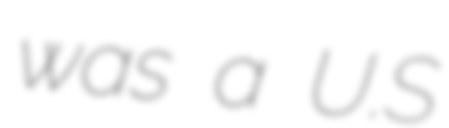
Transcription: was a U.S